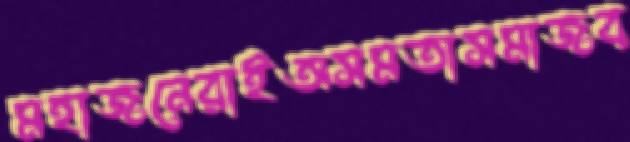
মহাজনেরাইঅসমতাসমাজব